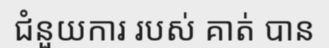
ជំនួយការ របស់ គាត់ បាន